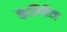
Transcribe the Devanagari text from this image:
कैलिबित्ज